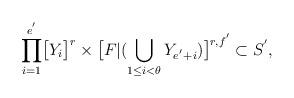
LaTeX: \begin{align*}\displaystyle{\prod_{i=1}^{e^{'}}}\big{[}Y_{i}\big{]}^{r}\times\big{[}F|(\bigcup_{1\leq i<\theta}Y_{e^{'}+i})\big{]}^{r,f^{'}}\subset S^{'},\end{align*}